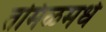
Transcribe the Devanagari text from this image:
तमिळमधे